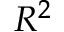
R ^ { 2 }